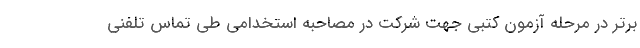
برتر در مرحله آزمون کتبی جهت شرکت در مصاحبه استخدامی طی تماس تلفنی